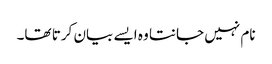
نام نہیں جانتا وہ ایسے بیان کرتا تھا۔